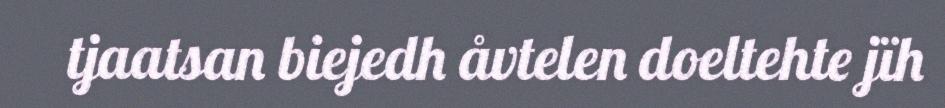
tjaatsan biejedh åvtelen doeltehte jïh